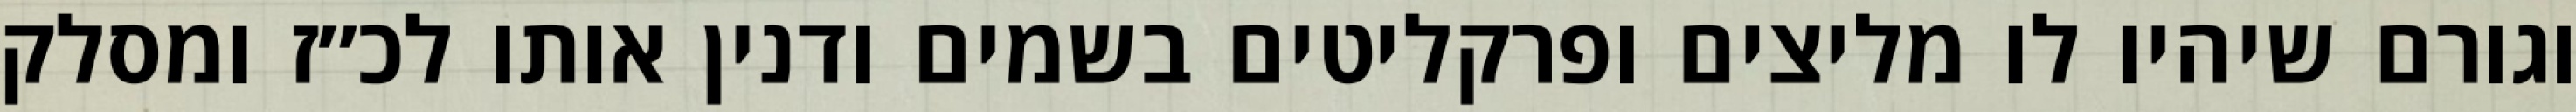
וגורם שיהיו לו מליצים ופרקליטים בשמים ודנין אותו לכ״ז ומסלק